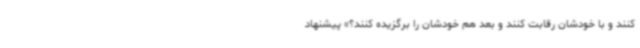
کنند و با خودشان رقابت کنند و بعد هم خودشان را برگزیده کنند؟» پیشنهاد